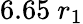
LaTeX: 6.65~r_{1}